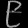
Digit: ၉